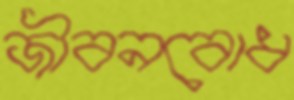
জীবনবোধ